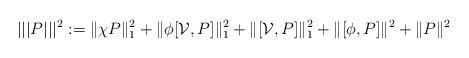
LaTeX: \begin{align*} ||| P |||^2 := \| \chi P \|^2_1 + \| \phi [\mathcal{V},P] \|^2_1 + \| [\mathcal{V},P] \|^2_1 + \| [\phi ,P] \|^2 + \| P \|^2 \end{align*}